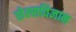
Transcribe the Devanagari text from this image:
सेल्सविज्ञान